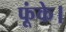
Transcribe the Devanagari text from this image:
फूंके।